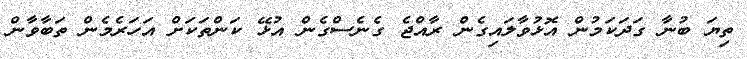
ތިޔަ ބުނާ ގަދަކަމުން އޮޅުވާލައިގެން ރާއްޖެ ގެނެސްގެން އުޅޭ ކަންތަކަށް އަހަރެމެން ތަބާވާން